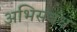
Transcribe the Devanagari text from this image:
अभिसंबंध